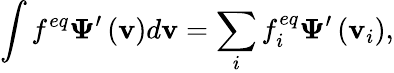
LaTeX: \int{{f^{eq}}{\boldsymbol{\Psi}}^{\prime}\left({\mathbf{v}}\right)}d{\mathbf{v}}=\sum_{i}{f_{i}^{eq}{\boldsymbol{\Psi}}^{\prime}\left({{{\mathbf{v}}_{i}}}\right)},